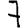
Digit: 7